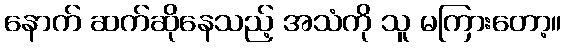
နောက် ဆက်ဆိုနေသည့် အသံကို သူ မကြားတော့။